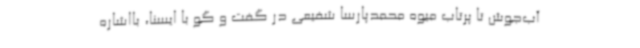
آب‌جوش تا پرتاب میوه محمدپارسا شفیعی در گفت و گو با ایسنا، بااشاره